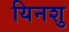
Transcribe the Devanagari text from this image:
यिनशु